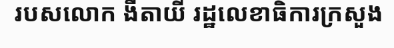
របសលោក ងីតាយី រដ្ឋលេខាធិការក្រសួង